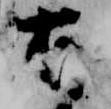
有